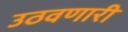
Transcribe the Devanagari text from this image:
उठवणारी